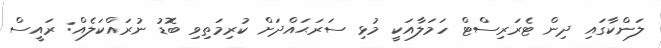
ލަންކާގައި ދިން ޓެރަރިސްޓް ހަމަލާއަކީ މުޅި ސަރަޙައްދަށް ކުރިމަތިވި ބޮޑު ނުރައްކަލެއް: ރައީސް